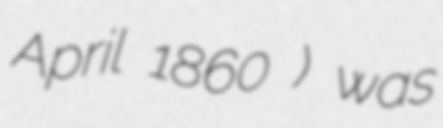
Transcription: April 1860 ) was